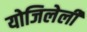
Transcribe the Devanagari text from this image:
योजिलेली